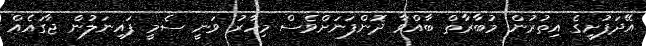
އޭދަފުށީގެ އިތުރުން މުބާރާތް ބާއްވާ ދޮންފަނަށްވެސް މިހާރު ވަނީ ސެމީ ފައިނަލުން ޖާގައެއް